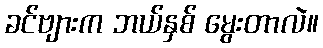
ခင်ဗျားက ဘယ်နှစ် မွေးတာလဲ။